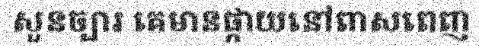
សួនច្បារ គេមានផ្កាយនៅពាសពេញ